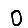
Digit: 0